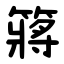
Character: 䉃